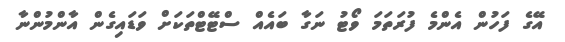
އޭގެ ފަހުން އެންމެ ފުރަތަމަ ވޯޓު ނަގާ ބައެއް ސްޓޭޓްތަކަށް ވަޑައިގެން އާންމުންނާ